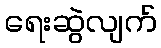
ရေးဆွဲလျက်